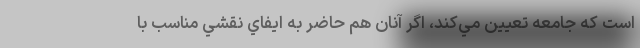
است كه جامعه تعيين مي‌كند، اگر آنان هم حاضر به ايفاي نقشي مناسب با